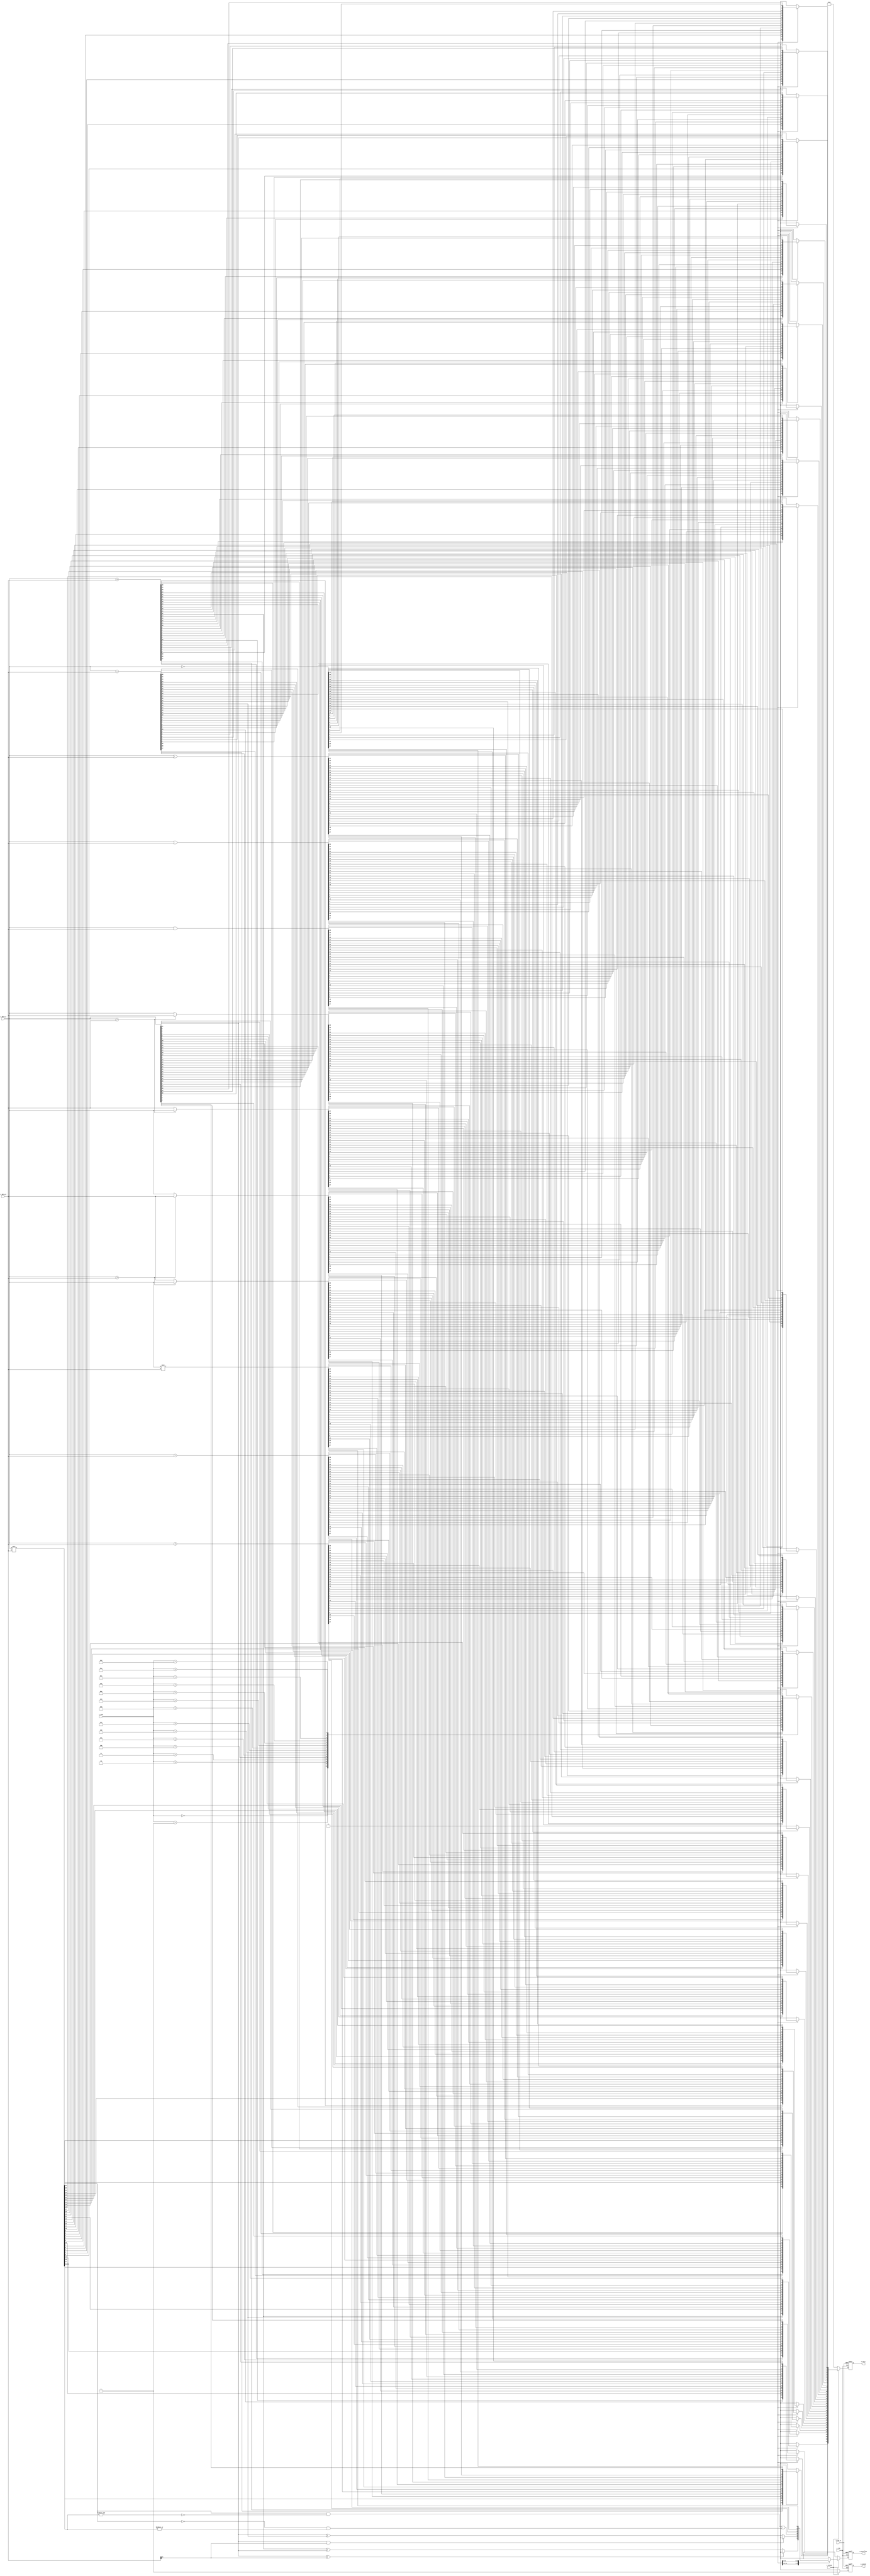
module alu #(
    parameter DATA_WIDTH = 32,
    parameter INST_WIDTH = 4
)(
    input                   i_clk,
    input                   i_rst_n,  //ret= reset, n=negative . active:  1  0 
    input  [DATA_WIDTH-1:0] i_data_a,  // default  unsigned
    //input  signed [DATA_WIDTH-1:0] i_data_a,  // signed 
    input  [DATA_WIDTH-1:0] i_data_b,
    input  [INST_WIDTH-1:0] i_inst,
    input                   i_valid,
    output [DATA_WIDTH-1:0] o_data,
    output                  o_overflow,
    output                  o_valid
);


    // define output behavior, wire and registers
    reg [DATA_WIDTH-1:0] o_data_r, o_data_w;  // o_data_w
    reg signed [DATA_WIDTH*2-1:0] o_signed_data_w;
    reg                  o_verflow_r, o_overflow_w;
    reg                  o_valid_r, o_valid_w;
    wire signed [DATA_WIDTH-1:0] signed_data_a, signed_data_b;
    reg                  o_sign_flag;
    reg                  o_flow1_flag, o_flow2_flag;
    integer ii;

    // reg signed [DATA_WIDTH-1:0] signed_data_a, signed_data_b; //?????


    //  register  o_data
    assign o_data = o_data_r;  // o_data  o_data_r 
    assign o_overflow = o_verflow_r;
    assign o_valid = o_valid_r;
    assign signed_data_a = i_data_a;
    assign signed_data_b = i_data_b;
 

    //combinational
    always @(*) begin
        if (i_valid) begin    // i_valid   B  A  B 
            //
            case (i_inst) 
                4'd0: begin  //add
                    o_data_w = signed_data_a + signed_data_b;
                    o_overflow_w = (signed_data_a[DATA_WIDTH-1]^signed_data_b[DATA_WIDTH-1]) ? 0: (o_data_w[DATA_WIDTH-1]^signed_data_a[DATA_WIDTH-1]);
                    
                    o_valid_w = 1;                    
                end

                4'd1: begin //sub
                    {o_overflow_w, o_data_w} = signed_data_a - signed_data_b; 
                    o_overflow_w = (signed_data_a[DATA_WIDTH-1] & signed_data_b[DATA_WIDTH-1]) ? 0: (signed_data_a[DATA_WIDTH-1]^o_data_w[DATA_WIDTH-1]);
                    
                    o_valid_w = 1;                    
                end

                4'd2: begin //mul
                    o_signed_data_w = signed_data_a * signed_data_b; 
                    o_flow1_flag = !(&(o_signed_data_w[DATA_WIDTH*2-2:DATA_WIDTH-1])); // 0
                    o_flow2_flag = |(o_signed_data_w[DATA_WIDTH*2-2:DATA_WIDTH-1]); // 1
                    
                    o_overflow_w = (o_signed_data_w[DATA_WIDTH*2-1] & o_flow1_flag) | 
                                   ((!o_signed_data_w[DATA_WIDTH*2-1]) & o_flow2_flag); 
                    // if (o_signed_data_w[DATA_WIDTH*2-1] & o_flow1_flag) 
                    //     o_overflow_w = 1;
                    // else if (!o_signed_data_w[DATA_WIDTH*2-1] & o_flow2_flag)
                    //     o_overflow_w = 1;
                    // else
                    //     o_overflow_w = 0;       
                    o_data_w = o_signed_data_w[DATA_WIDTH-1:0];
                    o_valid_w = 1;                    
                end

                4'd3: begin
                    o_overflow_w = 0;
                    if (signed_data_a > signed_data_b)
                        o_data_w = signed_data_a;
                    else
                        o_data_w = signed_data_b;


                    o_valid_w = 1;               
                end

                4'd4: begin
                    o_overflow_w = 0;
                    if (signed_data_a > signed_data_b)
                        o_data_w = signed_data_b;
                    else
                        o_data_w = signed_data_a;
                    o_valid_w = 1;               
                end



                //unsigned add 
                // Q: 
                //            33 bit                32 bit     32 bit
                4'd5: begin
                    {o_overflow_w, o_data_w} = i_data_a + i_data_b; // {}  wire  concat  o_overflow_w 
                    o_valid_w = 1;
                end
                4'd6: begin
                    {o_overflow_w, o_data_w} = i_data_a - i_data_b;
                    o_valid_w = 1;
                end
                4'd7: begin
                    {o_overflow_w, o_data_w} = i_data_a * i_data_b;
                    o_valid_w = 1;
                end
                4'd8: begin
                    o_overflow_w = 0;
                    if (i_data_a > i_data_b)
                        o_data_w = i_data_a;
                    else
                        o_data_w = i_data_b;
                    o_valid_w = 1;
                end

                4'd9: begin
                    o_overflow_w = 0;
                    if (i_data_a > i_data_b)
                        o_data_w = i_data_b;
                    else
                        o_data_w = i_data_a;
                    o_valid_w = 1;
                end

                4'd10: begin
                    o_overflow_w = 0;
                    o_data_w = i_data_a & i_data_b;
                    o_valid_w = 1;
                end

                4'd11: begin
                    o_overflow_w = 0;
                    o_data_w = i_data_a | i_data_b;
                    o_valid_w = 1;
                end

                4'd12: begin
                    o_overflow_w = 0;
                    o_data_w = i_data_a ^ i_data_b;
                    o_valid_w = 1;
                end

                4'd13: begin
                    o_overflow_w = 0;
                    o_data_w = ~i_data_a;
                    o_valid_w = 1;
                end

                4'd14: begin
                    o_overflow_w = 0;
                    
                    for (ii=DATA_WIDTH-1; ii >= 0; ii=ii-1)
                        o_data_w[DATA_WIDTH-1-ii] = i_data_a[ii];
                    o_valid_w = 1;
                end
                
                default: begin
                    o_overflow_w = 0;
                    o_data_w     = 0;
                    o_valid_w    = 1;  // 
                end  
            endcase
        end else begin
            o_overflow_w = 0;
            o_data_w     = 0; 
            o_valid_w    = 0;   //?????
        end
    end


    //sequencial
    always @(posedge i_clk or negedge i_rst_n) begin
        if(~i_rst_n) begin   // 0 reset register
            o_data_r <= 0;
            o_verflow_r <= 0;
            o_valid_r <= 0;
        
        end else begin
            o_data_r <= o_data_w;
            o_verflow_r <= o_overflow_w;
            o_valid_r <= o_valid_w;
        end
    end


endmodule